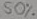
Text: 50%